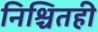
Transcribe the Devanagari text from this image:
निश्चितही